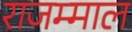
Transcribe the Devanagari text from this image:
राजम्माल